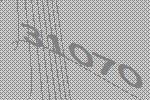
31070